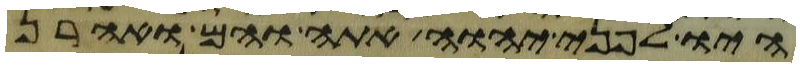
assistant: היו לפני יהוה אתה והם ואהרן